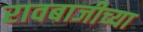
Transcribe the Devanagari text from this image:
रावबाजीच्या